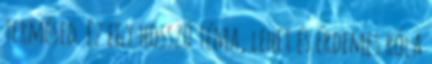
termésed. Ez egy hosszú téma, lehet és érdemes róla